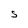
Character: S